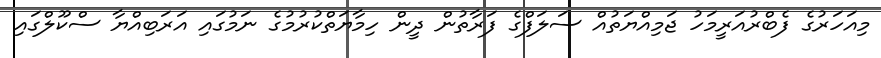
މިއަހަރުގެ ފެބްރުއަރީމަހު ޖަމިއްޔަތުއް ސަލަފްގެ ފަރާތުން ދީން ހިމާޔަތްކުރުމުގެ ނަމުގައި އަރަބިއްޔާ ސްކޫލްގައި